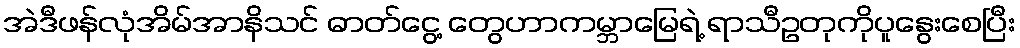
အဲဒီဖန်လုံအိမ်အာနိသင် ဓာတ်ငွေ့ တွေဟာကမ္ဘာမြေရဲ့ ရာသီဥတုကိုပူနွေးစေပြီး